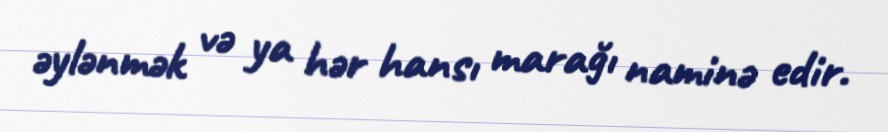
əylənmək və ya hər hansı marağı naminə edir.